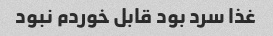
غذا سرد بود قابل خوردم نبود